Civil Veterinary Dept. Assam report 1927-50 - 1927-1950
Year: 1927
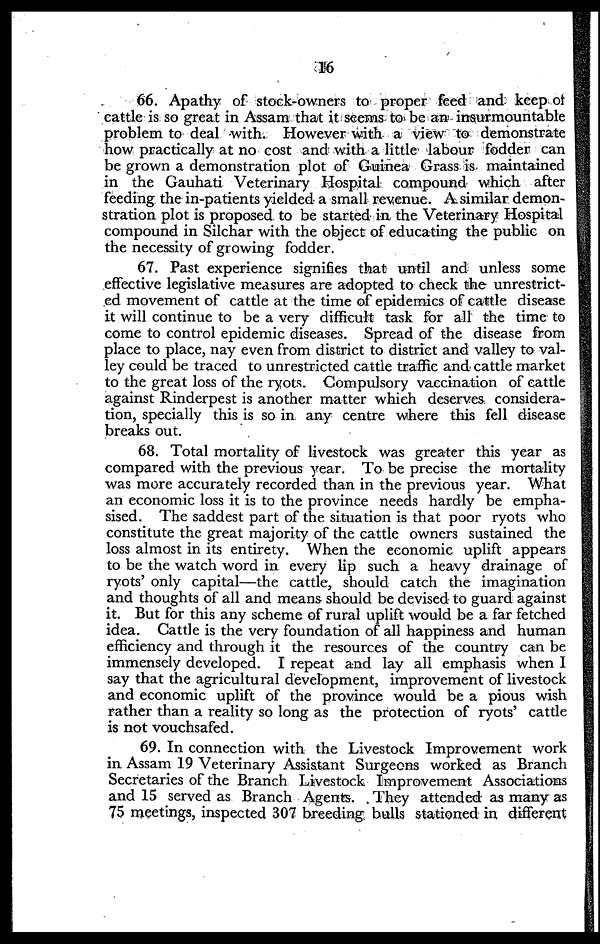
16
66. Apathy of stock-owners to proper feed and keep of
cattle is so great in Assam that it seems to be an insurmountable
problem to deal with. However with a view to demonstrate
how practically at no cost and with a little labour fodder can
be grown a demonstration plot of Guinea Grass is maintained
in the Gauhati Veterinary Hospital compound which after
feeding the in-patients yielded a small revenue. A similar demon-
stration plot is proposed to be started in the Veterinary Hospital
compound in Silchar with the object of educating the public on
the necessity of growing fodder.
67. Past experience signifies that until and unless some
effective legislative measures are adopted to check the unrestrict-
ed movement of cattle at the time of epidemics of cattle disease
it will continue to be a very difficult task for all the time to
come to control epidemic diseases. Spread of the disease from
place to place, nay even from district to district and valley to val-
ley could be traced to unrestricted cattle traffic and cattle market
to the great loss of the ryots. Compulsory vaccination of cattle
against Rinderpest is another matter which deserves considera-
tion, specially this is so in any centre where this fell disease
breaks out.
68. Total mortality of livestock was greater this year as
compared with the previous year. To be precise the mortality
was more accurately recorded than in the previous year. What
an economic loss it is to the province needs hardly be empha-
sised. The saddest part of the situation is that poor ryots who
constitute the great majority of the cattle owners sustained the
loss almost in its entirety. When the economic uplift appears
to be the watch word in every lip such a heavy drainage of
ryots' only capital—the cattle, should catch the imagination
and thoughts of all and means should be devised to guard against
it. But for this any scheme of rural uplift would be a far fetched
idea. Cattle is the very foundation of all happiness and human
efficiency and through it the resources of the country can be
immensely developed. I repeat and lay all emphasis when I
say that the agricultural development, improvement of livestock
and economic uplift of the province would be a pious wish
rather than a reality so long as the protection of ryots' cattle
is not vouchsafed.
69. In connection with the Livestock Improvement work
in Assam 19 Veterinary Assistant Surgeons worked as Branch
Secretaries of the Branch Livestock Improvement Associations
and 15 served as Branch Agents. They attended as many as
75 meetings, inspected 307 breeding bulls stationed in different